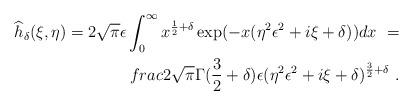
LaTeX: \begin{align*}\widehat{h}_\delta(\xi, \eta) = 2\sqrt{\pi}\epsilon \int_{0}^\infty x^{\frac12 + \delta} \exp(-x(\eta^2\epsilon^2 + i\xi + \delta)) dx \ =\\frac{2\sqrt{\pi}\Gamma(\frac{3}{2} + \delta)\epsilon }{(\eta^2\epsilon^2 + i\xi + \delta)^{\frac{3}{2}+\delta}}~.\end{align*}